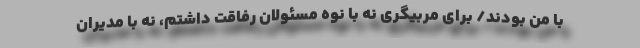
با من بودند/ برای مربیگری نه با نوه مسئولان رفاقت داشتم، نه با مدیران